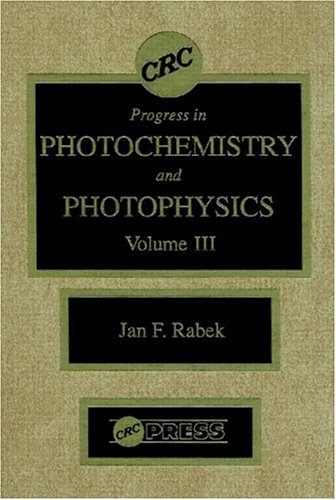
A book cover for Photochemistry and Photophysics, Volume III; Jan F. Rabek; Science & Math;